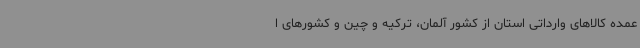
عمده کالاهای وارداتی استان از کشور آلمان، ترکیه و چین و کشورهای ا